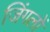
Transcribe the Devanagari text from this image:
जिंगलों